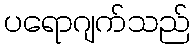
ပရောဂျက်သည်